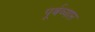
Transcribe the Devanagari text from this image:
पूर्वव्याप्त